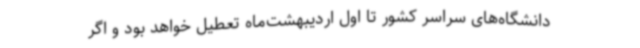
دانشگاه‌های سراسر کشور تا اول اردیبهشت‌ماه تعطیل خواهد بود و اگر